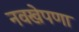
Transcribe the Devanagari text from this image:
नवखेपणा